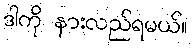
ဒါကို နားလည်ရမယ်။